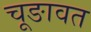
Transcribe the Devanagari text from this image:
चूङावत